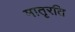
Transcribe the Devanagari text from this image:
मातृरति